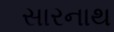
સારનાથ